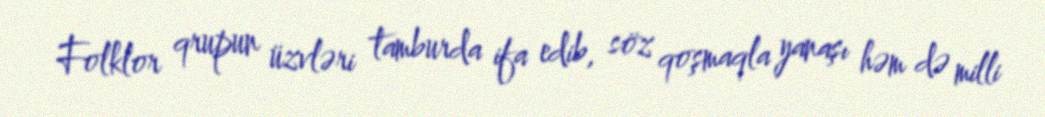
Folklor qrupun üzvləri tamburda ifa edib, söz qoşmaqla yanaşı həm də milli